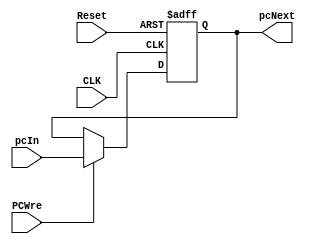
`timescale 1ns / 1ps
//////////////////////////////////////////////////////////////////////////////////
// Company: 
// Engineer: 
// 
// Design Name: 
// Module Name: PC
// Project Name: 
// Target Devices: 
// Tool Versions: 
// Description: 
// 
// Dependencies: 
// 
// Revision:
// Revision 0.01 - File Created
// Additional Comments:
// 
//////////////////////////////////////////////////////////////////////////////////


module PC(
	input CLK,
	input Reset,
	input PCWre,
	input [31:0]pcIn,
	output reg[31:0]pcNext
	);
	always @(posedge CLK or negedge Reset) begin
		if (Reset == 0)
	        pcNext <= 0;
		else if (PCWre == 1) begin
				pcNext <= pcIn;
			end
		$display("#################");
	end
endmodule